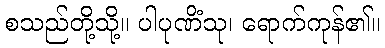
စသည်တို့သို့။ ပါပုဏိံသု၊ ရောက်ကုန်၏။